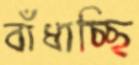
বাঁধাচ্ছি